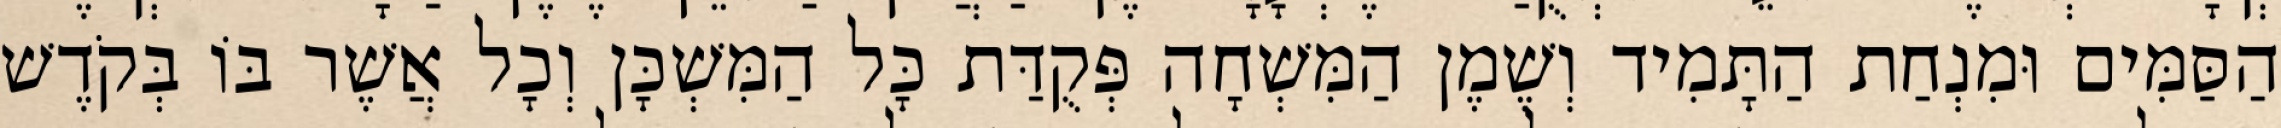
הַסַּמִּים וּמִנְחַת הַתָּמִיד וְשֶׁמֶן הַמִּשְׁחָה פְּקֻדַּת כָּל הַמִּשְׁכָּן וְכָל אֲשֶׁר בּוֹ בְּקֹדֶשׁ